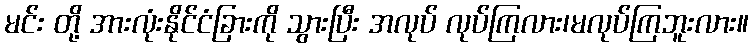
မင်း တို့ အားလုံးနိုင်ငံခြားကို သွားပြီး အလုပ် လုပ်ကြလား၊မလုပ်ကြဘူးလား။